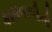
કામવાળીની